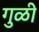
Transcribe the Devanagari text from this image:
गुळी